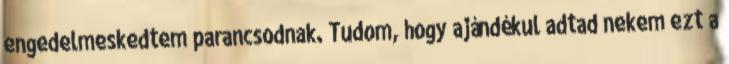
engedelmeskedtem parancsodnak. Tudom, hogy ajándékul adtad nekem ezt a